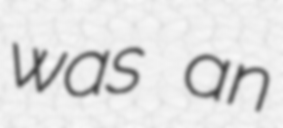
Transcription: was an